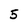
Character: 5